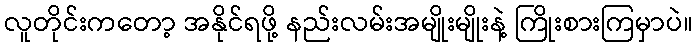
လူတိုင်းကတော့ အနိုင်ရဖို့ နည်းလမ်းအမျိုးမျိုးနဲ့ ကြိုးစားကြမှာပဲ။